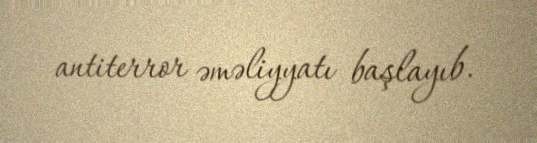
antiterror əməliyyatı başlayıb.